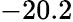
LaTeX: -20.2